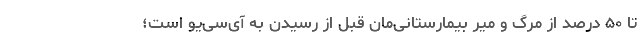
تا ۵۰ درصد از مرگ و میر بیمارستانی‌مان قبل از رسیدن به آی‌سی‌یو است؛